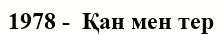
1978 -  Қан мен тер